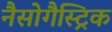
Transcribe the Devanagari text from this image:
नैसोगैस्ट्रिक